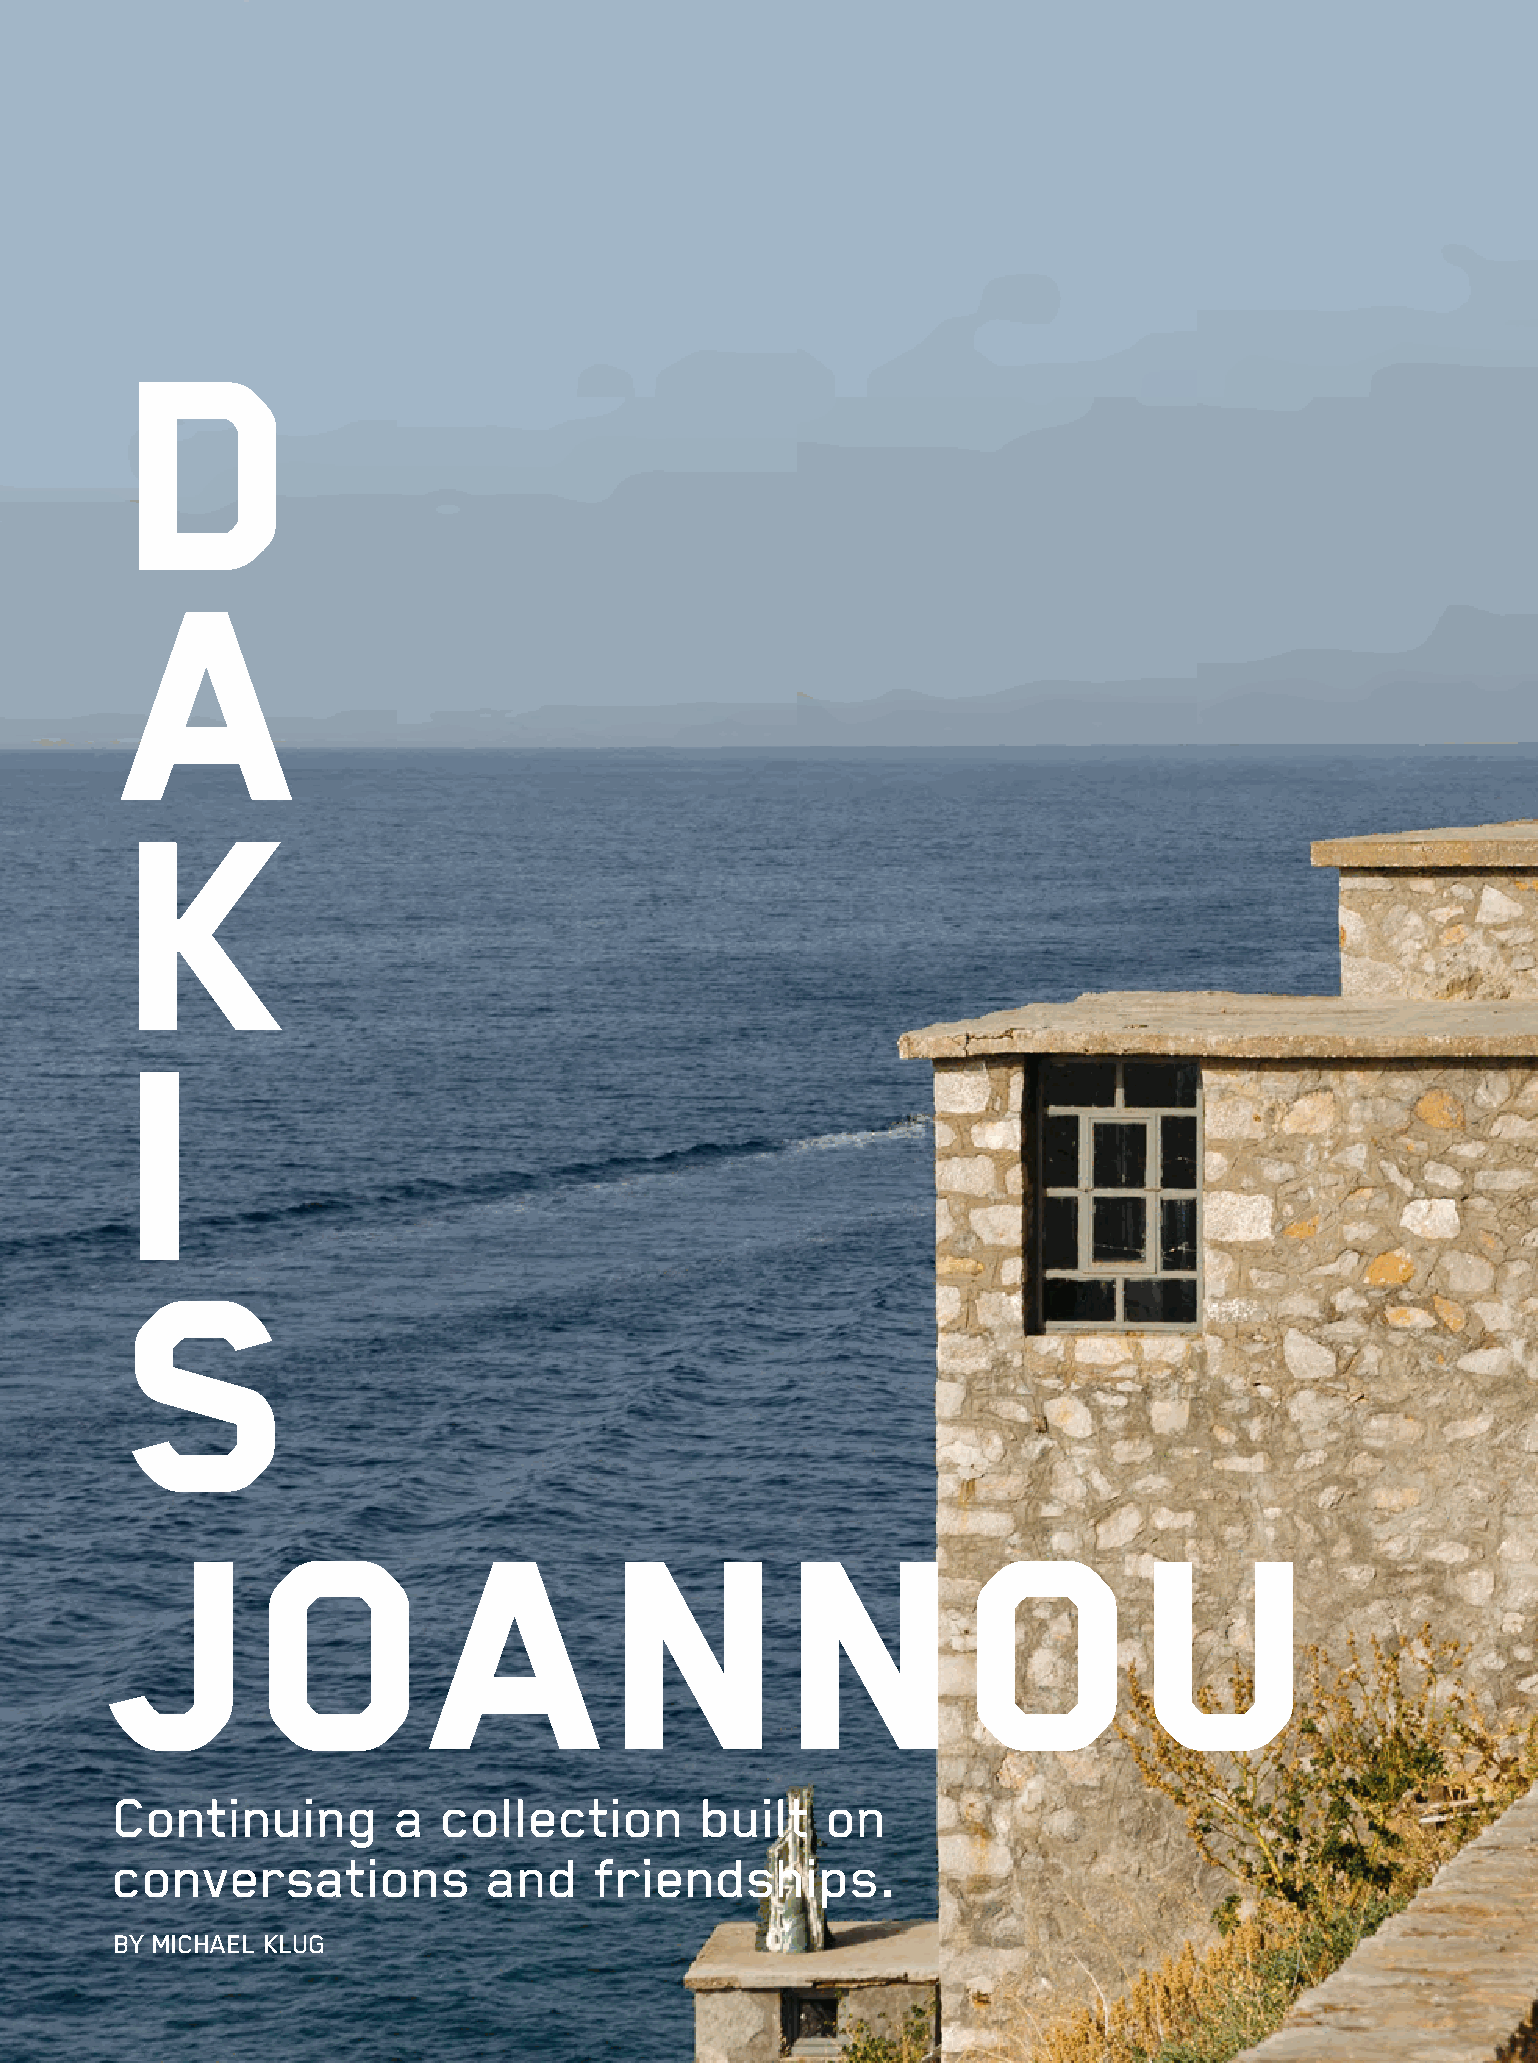
d
 a
 k
 i
 s
 Joannou
 Continuing        a  collection       built    on
 conversations           and    friendships.
 BY MICHAEL KLUG
 WHITEWALL 92